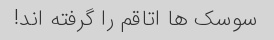
سوسک ها اتاقم را گرفته اند!